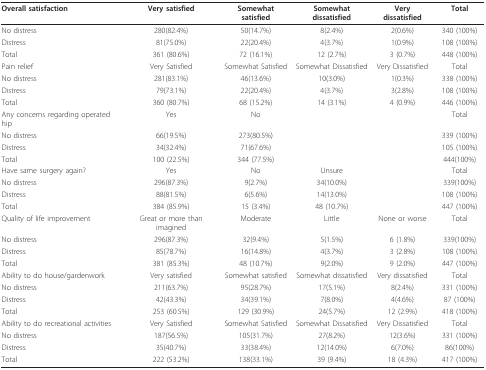
<table><thead><tr><td><b>Overall satisfaction</b></td><td><b>Very satisfied</b></td><td><b>Somewhat satisfied</b></td><td><b>Somewhat dissatisfied</b></td><td><b>Very dissatisfied</b></td><td><b>Total</b></td></tr></thead><tbody><tr><td>No distress</td><td>280(82.4%)</td><td>50(14.7%)</td><td>8(2.4%)</td><td>2(0.6%)</td><td>340 (100%)</td></tr><tr><td>Distress</td><td>81(75.0%)</td><td>22(20.4%)</td><td>4(3.7%)</td><td>1(0.9%)</td><td>108 (100%)</td></tr><tr><td>Total</td><td>361 (80.6%)</td><td>72 (16.1%)</td><td>12 (2.7%)</td><td>3 (0.7%)</td><td>448 (100%)</td></tr><tr><td>Pain relief</td><td>Very Satisfied</td><td>Somewhat Satisfied</td><td>Somewhat Dissatisfied</td><td>Very Dissatisfied</td><td>Total</td></tr><tr><td>No distress</td><td>281(83.1%)</td><td>46(13.6%)</td><td>10(3.0%)</td><td>1(0.3%)</td><td>338 (100%)</td></tr><tr><td>Distress</td><td>79(73.1%)</td><td>22(20.4%)</td><td>4(3.7%)</td><td>3(2.8%)</td><td>108 (100%)</td></tr><tr><td>Total</td><td>360 (80.7%)</td><td>68 (15.2%)</td><td>14 (3.1%)</td><td>4 (0.9%)</td><td>446 (100%)</td></tr><tr><td>Any concerns regarding operated hip</td><td>Yes</td><td>No</td><td></td><td></td><td>Total</td></tr><tr><td>No distress</td><td>66(19.5%)</td><td>273(80.5%)</td><td></td><td></td><td>339 (100%)</td></tr><tr><td>Distress</td><td>34(32.4%)</td><td>71(67.6%)</td><td></td><td></td><td>105 (100%)</td></tr><tr><td>Total</td><td>100 (22.5%)</td><td>344 (77.5%)</td><td></td><td></td><td>444(100%)</td></tr><tr><td>Have same surgery again?</td><td>Yes</td><td>No</td><td>Unsure</td><td></td><td>Total</td></tr><tr><td>No distress</td><td>296(87.3%)</td><td>9(2.7%)</td><td>34(10.0%)</td><td></td><td>339(100%)</td></tr><tr><td>Distress</td><td>88(81.5%)</td><td>6(5.6%)</td><td>14(13.0%)</td><td></td><td>108 (100%)</td></tr><tr><td>Total</td><td>384 (85.9%)</td><td>15 (3.4%)</td><td>48 (10.7%)</td><td></td><td>447 (100%)</td></tr><tr><td>Quality of life improvement</td><td>Great or more than imagined</td><td>Moderate</td><td>Little</td><td>None or worse</td><td>Total</td></tr><tr><td>No distress</td><td>296(87.3%)</td><td>32(9.4%)</td><td>5(1.5%)</td><td>6 (1.8%)</td><td>339(100%)</td></tr><tr><td>Distress</td><td>85(78.7%)</td><td>16(14.8%)</td><td>4(3.7%)</td><td>3 (2.8%)</td><td>108 (100%)</td></tr><tr><td>Total</td><td>381 (85.3%)</td><td>48 (10.7%)</td><td>9(2.0%)</td><td>9 (2.0%)</td><td>447 (100%)</td></tr><tr><td>Ability to do house/gardenwork</td><td>Very satisfied</td><td>Somewhat satisfied</td><td>Somewhat dissatisfied</td><td>Very dissatisfied</td><td>Total</td></tr><tr><td>No distress</td><td>211(63.7%)</td><td>95(28.7%)</td><td>17(5.1%)</td><td>8(2.4%)</td><td>331 (100%)</td></tr><tr><td>Distress</td><td>42(43.3%)</td><td>34(39.1%)</td><td>7(8.0%)</td><td>4(4.6%)</td><td>87 (100%)</td></tr><tr><td>Total</td><td>253 (60.5%)</td><td>129 (30.9%)</td><td>24(5.7%)</td><td>12 (2.9%)</td><td>418 (100%)</td></tr><tr><td>Ability to do recreational activities</td><td>Very Satisfied</td><td>Somewhat Satisfied</td><td>Somewhat Dissatisfied</td><td>Very Dissatisfied</td><td>Total</td></tr><tr><td>No distress</td><td>187(56.5%)</td><td>105(31.7%)</td><td>27(8.2%)</td><td>12(3.6%)</td><td>331 (100%)</td></tr><tr><td>Distress</td><td>35(40.7%)</td><td>33(38.4%)</td><td>12(14.0%)</td><td>6(7.0%)</td><td>86(100%)</td></tr><tr><td>Total</td><td>222 (53.2%)</td><td>138(33.1%)</td><td>39 (9.4%)</td><td>18 (4.3%)</td><td>417 (100%)</td></tr></tbody></table>